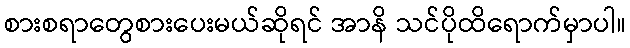
စားစရာတွေစားပေးမယ်ဆိုရင် အာနိ သင်ပိုထိရောက်မှာပါ။